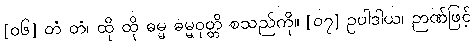
[၀၆] တံ တံ၊ ထို ထို ဓမ္မ ဓမ္မဝုတ္တိ စသည်ကို။ [၀၇] ဥပါဒါယ၊ ဉာဏ်ဖြင့်